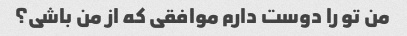
من تو را دوست دارم موافقی که از من باشی؟